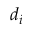
d _ { i }